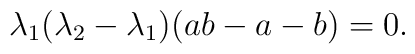
\lambda_1(\lambda_2-\lambda_1)(ab-a-b)=0.